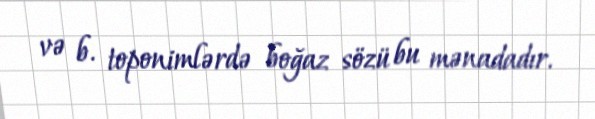
və b. toponimlərdə boğaz sözü bu mənadadır.